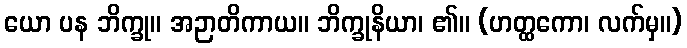
ယော ပန ဘိက္ခု။ အဉာတိကာယ။ ဘိက္ခုနိယာ၊ ၏။ (ဟတ္ထကော၊ လက်မှ။)